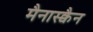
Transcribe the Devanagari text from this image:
मैनास्क्वैन